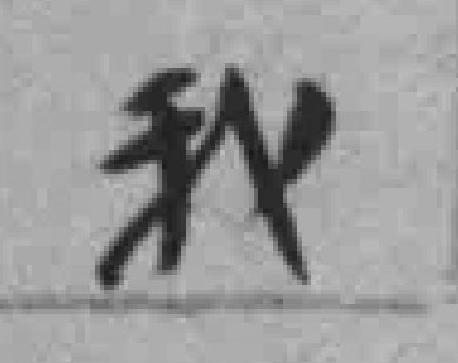
我